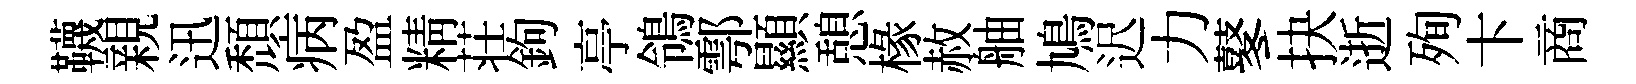
韈親迅頹病盈精荘鉤亭鴒鄠顯憩椽赦舳鳩迟力鼕抉逝殉卞商